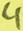
Text: 4